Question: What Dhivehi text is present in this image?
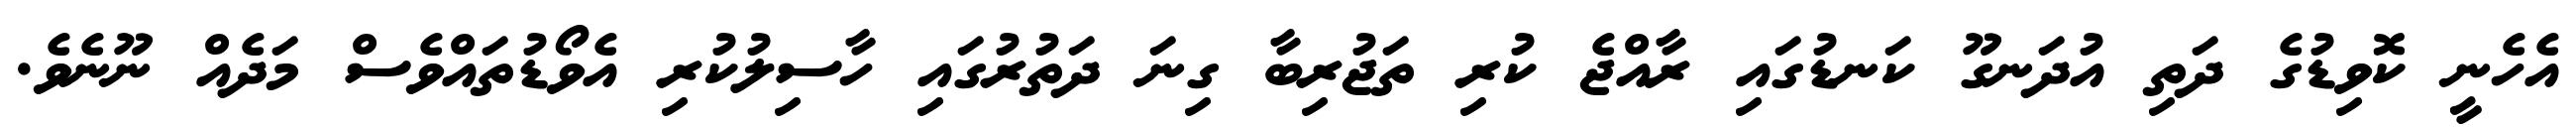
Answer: އެހެނީ ކޮވިޑުގެ ދަތި އުދަނގޫ ކަނޑުގައި ރާއްޖެ ކުރި ތަޖުރިބާ ގިނަ ދަތުރުގައި ހާސިލުކުރި އެވޯޑުތައްވެސް މަދެއް ނޫނެވެ.